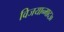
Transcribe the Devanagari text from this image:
विजयान्माद३०